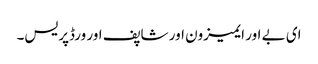
ای بے اور ایمیزون اور شاپف اور ورڈپریس۔